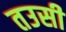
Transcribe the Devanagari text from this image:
तउसी